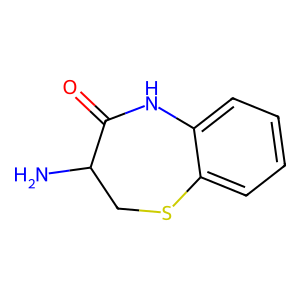
SMILES: NC1CSc2ccccc2NC1=O
Inhibits HIV replication: No